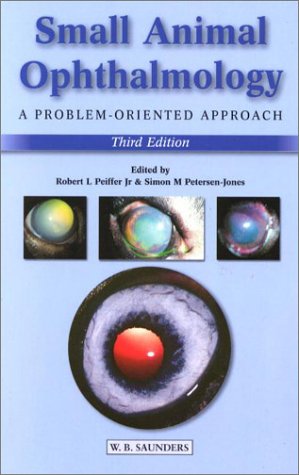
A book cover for Small Animal Ophthalmology: A Problem-Oriented Approach; Medical Books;